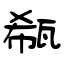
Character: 瓻